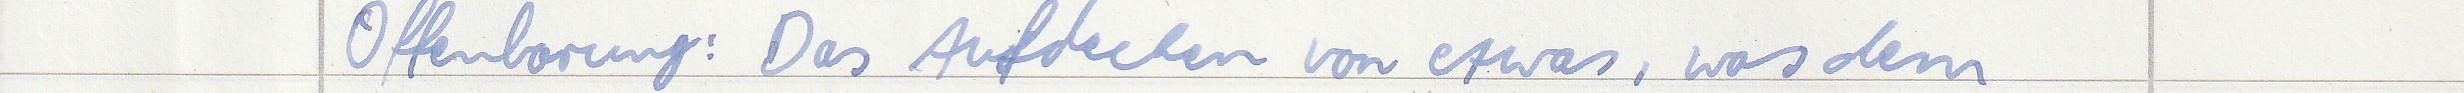
Offenbarung: Das Aufdecken von etwas, was dem